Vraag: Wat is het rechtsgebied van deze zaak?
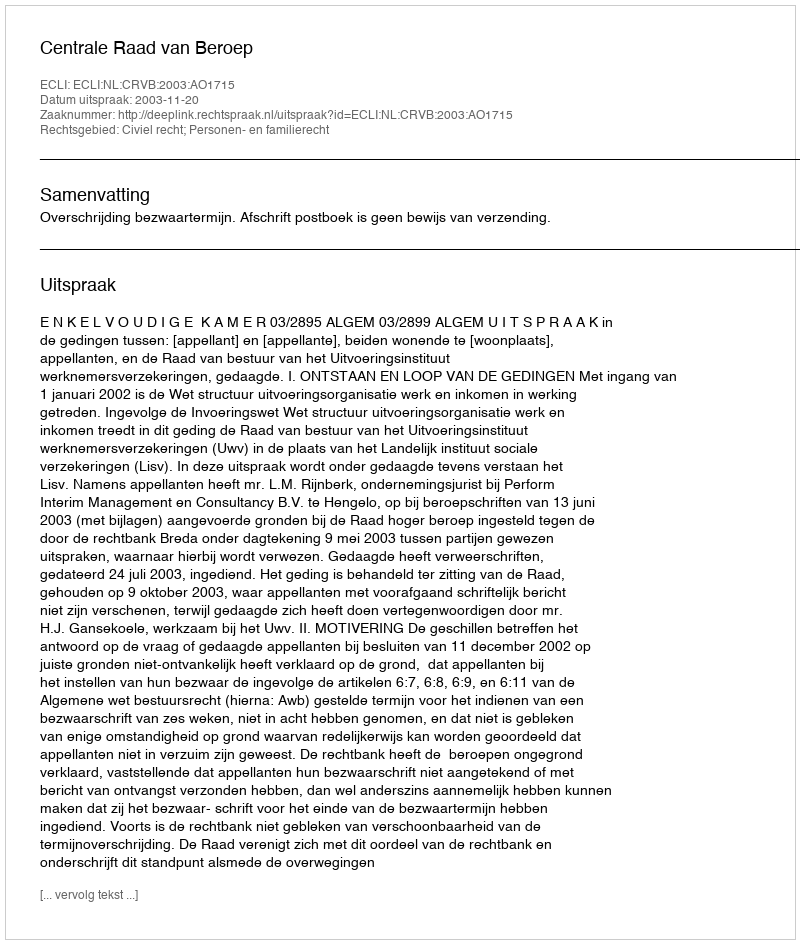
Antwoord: Civiel recht; Personen- en familierecht